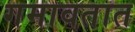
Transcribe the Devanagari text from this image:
गमावतात